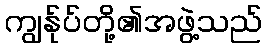
ကျွန်ုပ်တို့၏အဖွဲ့သည်